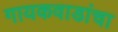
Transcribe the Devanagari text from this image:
गायकवाडांचा